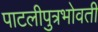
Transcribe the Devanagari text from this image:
पाटलीपुत्रभोवती